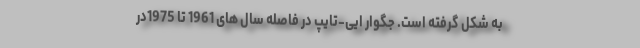
به شکل گرفته است. جگوار ایی-تایپ در فاصله سال های 1961 تا 1975در